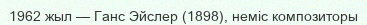
1962 жыл — Ганс Эйслер (1898), неміс композиторы